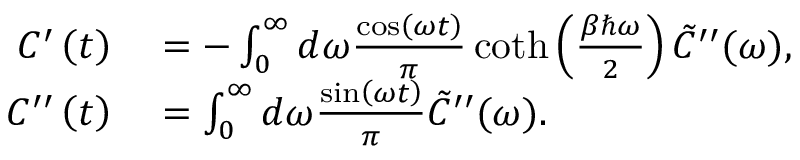
\begin{array} { r l } { C ^ { \prime } \left( t \right) } & { { } = - \int _ { 0 } ^ { \infty } d \omega \frac { \cos \left( \omega t \right) } { \pi } \coth \left( \frac { \beta \hbar \omega } { 2 } \right) \tilde { C } ^ { \prime \prime } ( \omega ) , } \\ { C ^ { \prime \prime } \left( t \right) } & { { } = \int _ { 0 } ^ { \infty } d \omega \frac { \sin \left( \omega t \right) } { \pi } \tilde { C } ^ { \prime \prime } ( \omega ) . } \end{array}